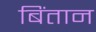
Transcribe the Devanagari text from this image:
बिंतान